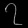
Digit: ၇